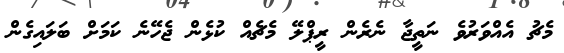
މެޗު އެއްވަރުވެ ނަތީޖާ ނެރެން ރީޕްލޭ މެޗެއް ކުޅެން ޖެހޭނެ ކަމަށް ބަލައިގެން